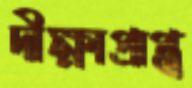
দীক্ষাপ্রাপ্ত